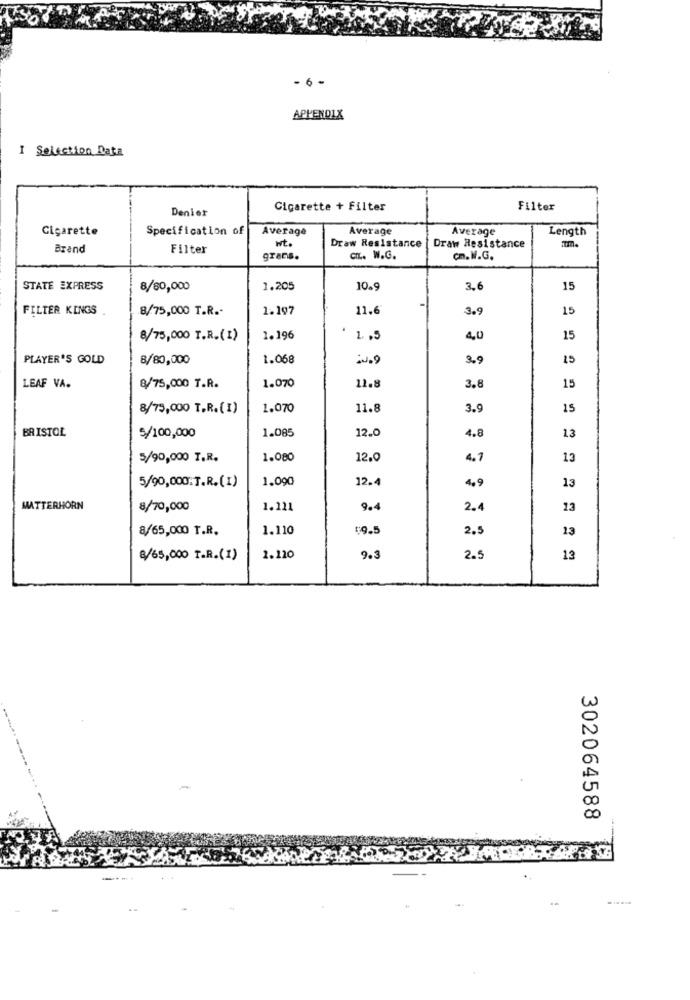
- 6-
APPENDIX
I Selection Data
Denier
Cigarette + Filter
Filter
Cigarette
Specification of
Average
Average
Average
Length
Ht.
Draw Resistance
Brand
Filter
Draw Resistance
grans.
CIL. W.G.
cm.W.G.
STATE EXPRESS
8/80,000
1.205
10.9
3.6
15
FILTER KINGS
8/75,000 T.R .-
1.197
11.6
3.9
15
8/75,000 T.R.(1)
1.196
1 ,5
4,0
15
PLAYER'S GOLD
8/80,000
1.068
3.9
15
1.070
11.8
15
LEAF VA.
8/75,000 T.R.
3.8
8/75,000 T.R.(1)
1.070
11.8
3.9
15
BRISTOL
1.085
12.0
4.8
13
5/100,000
5/90,000 T.R.
1.080
12.0
4.7
13
1.090
12.4
4.9
13
5/90,000:T.R.(I)
MATTERHORN
8/70,000
1.221
9.4
2.4
13
8/65,000 T.R.
1.110
59.5
2.
13
€/65,000 T.R.(1)
1.120
9.
2.5
13
w
00
302064588